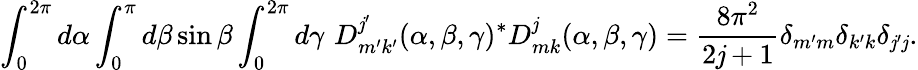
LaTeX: \int_{0}^{2\pi}d\alpha\int_{0}^{\pi}d\beta\sin\beta\int_{0}^{2\pi}d\gamma\, \, D_{m^{\prime}k^{\prime}}^{\mathit{j}^{\prime}}(\alpha,\beta,\gamma)^{\ast}D_{mk}^{\mathit{j}}(\alpha,\beta,\gamma)={\frac{{8\pi^{2}}}{{2\mathit{j}+1}}}\delta_{m^{\prime}m}\delta_{k^{\prime}k}\delta_{\mathit{j}^{\prime}\mathit{j}}.